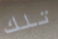
تلك